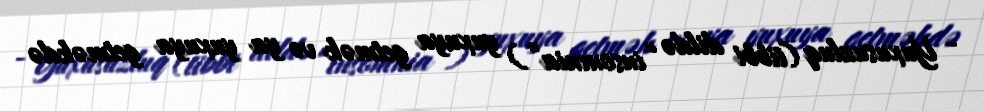
- Yuxusuzluq (tibbi dildə “insomnia”) yuxuya getmək və ya yuxuya getməkdə